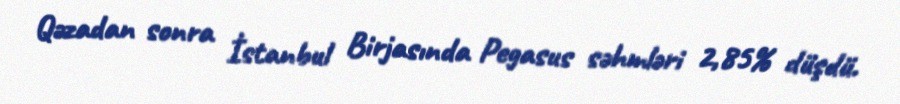
Qəzadan sonra İstanbul Birjasında Pegasus səhmləri 2,85% düşdü.